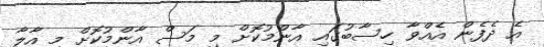
އެ ދެފެން އެއްވާ ހިސާބުގައި އާންމުކޮށް މި މަސް އާންމުކޮށް މި އާލާ